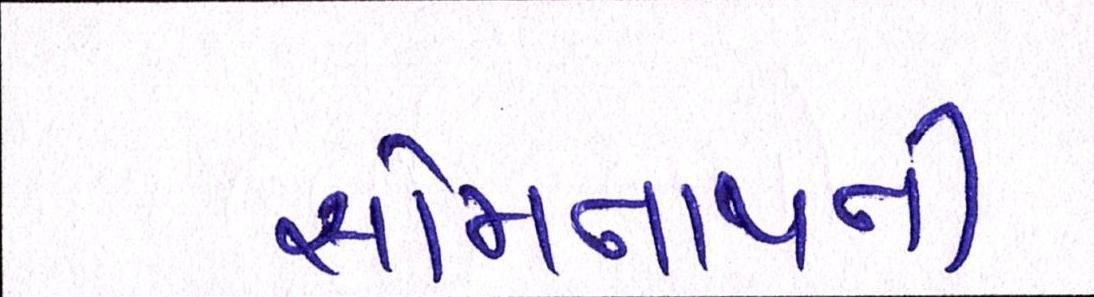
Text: સોમનાથથી